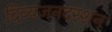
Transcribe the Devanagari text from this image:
दिव्यजनदरशन